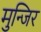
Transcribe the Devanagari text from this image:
मुन्जिर